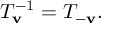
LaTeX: T _ { \mathbf { v } } ^ { - 1 } = T _ { - \mathbf { v } } .